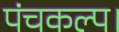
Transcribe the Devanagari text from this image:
पंचकल्प।